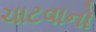
ચાટવાનો